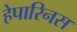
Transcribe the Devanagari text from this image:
हेपारिनस